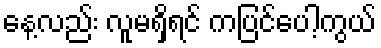
နေ့လည်း လူမရှိရင် ကပြင်ပေါ့ကွယ်